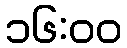
၁၆:၀၀